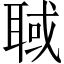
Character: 聝